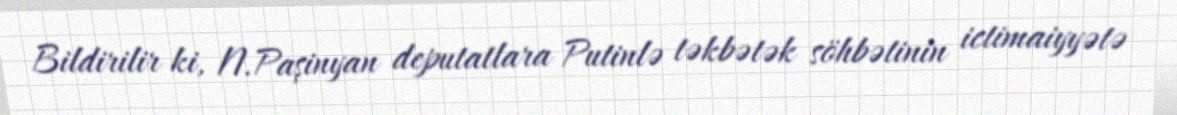
Bildirilir ki, N.Paşinyan deputatlara Putinlə təkbətək söhbətinin ictimaiyyətə